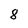
Character: 8